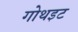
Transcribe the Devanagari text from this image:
गोथइट